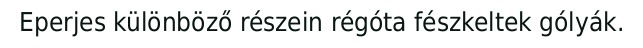
Eperjes különböző részein régóta fészkeltek gólyák.